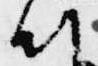
朝